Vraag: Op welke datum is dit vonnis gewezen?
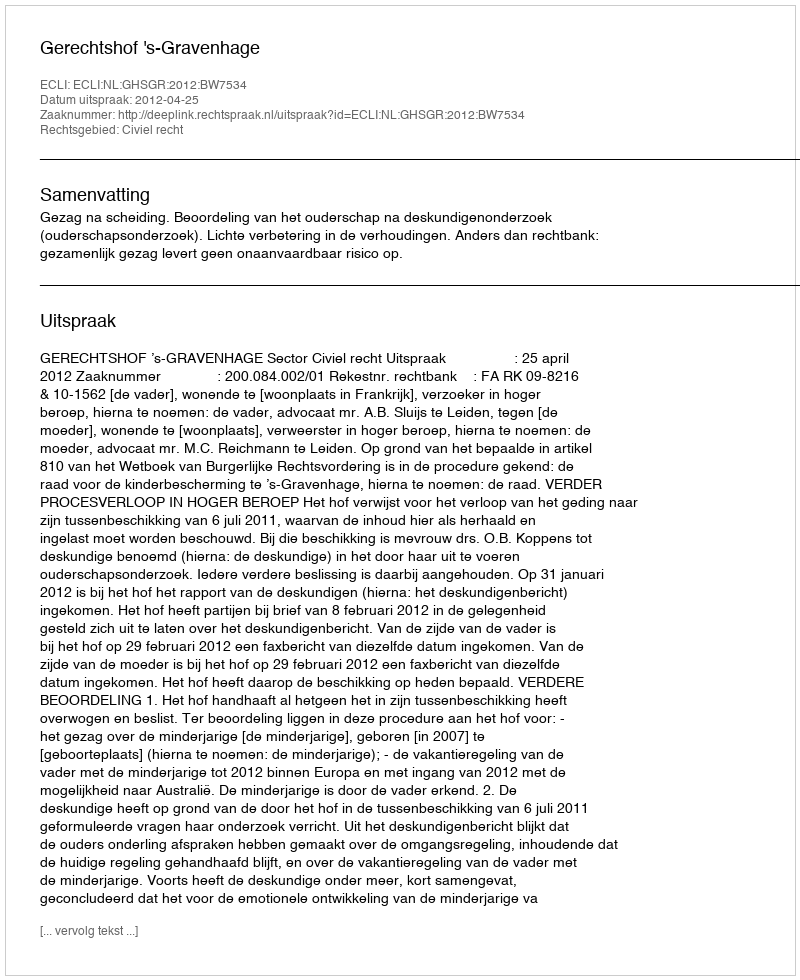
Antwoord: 2012-04-25